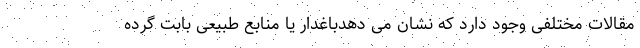
مقالات مختلفی وجود دارد که نشان می دهدباغدار یا منابع طبیعی بابت گرده